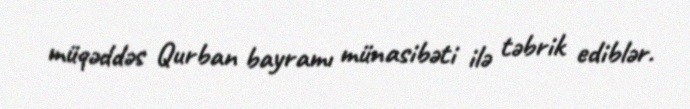
müqəddəs Qurban bayramı münasibəti ilə təbrik ediblər.